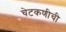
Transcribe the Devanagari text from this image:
चेटकणीची